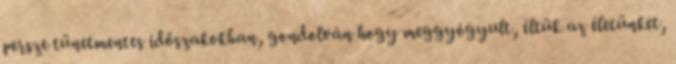
persze tünetmentes időszakokban, gondolván hogy meggyógyult, éltük az életünket,